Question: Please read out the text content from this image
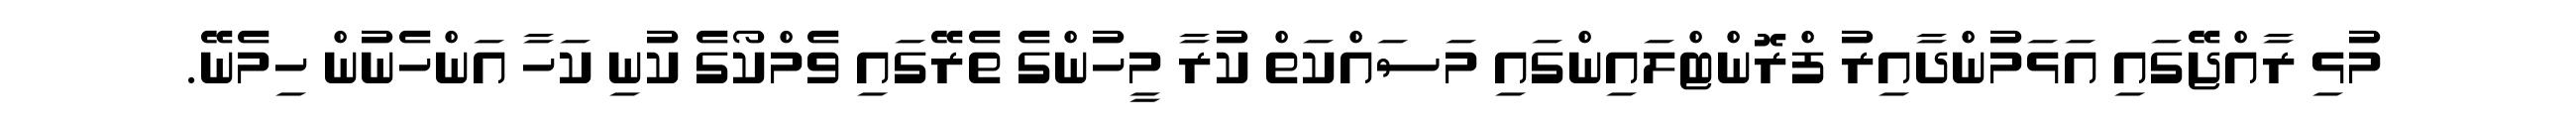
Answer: މުޅި ރާއްޖޭގައި އަޅަމުންދާއިރު ފްރޮންޓްލައިންގައި މަސައްކަތް ކުރާ މީހުންގެ ތެރޭގައި ވެމްކޯގެ ކުނި ކަހާ އަންހެނުން ހިމެނޭ.